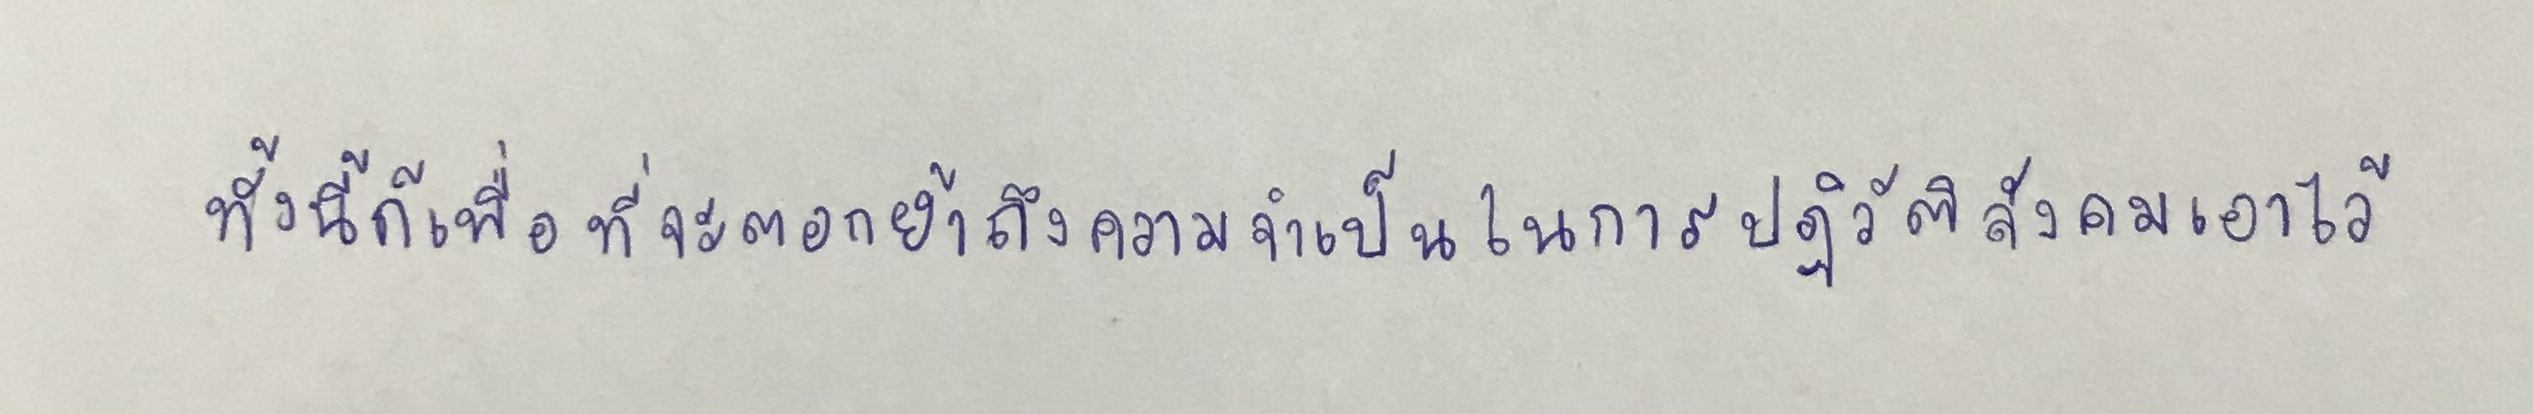
ทั้งนี้ก็เพื่อที่จะตอกย้ำถึงความจำเป็นในการปฏิวัติสังคมเอาไว้